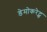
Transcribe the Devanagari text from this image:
डेमोकरेट्स